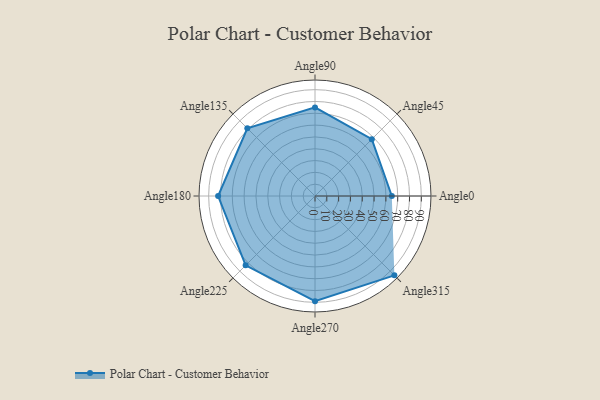
{"axis": {"x": "Angle", "y": "Radius"}, "legend": [""], "data": [{"x": "Angle0", "y": 65.0, "type": ""}, {"x": "Angle45", "y": 68.0, "type": ""}, {"x": "Angle90", "y": 75.0, "type": ""}, {"x": "Angle135", "y": 81.0, "type": ""}, {"x": "Angle180", "y": 82.0, "type": ""}, {"x": "Angle225", "y": 83.0, "type": ""}, {"x": "Angle270", "y": 89.0, "type": ""}, {"x": "Angle315", "y": 95.0, "type": ""}]}